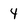
Character: 4